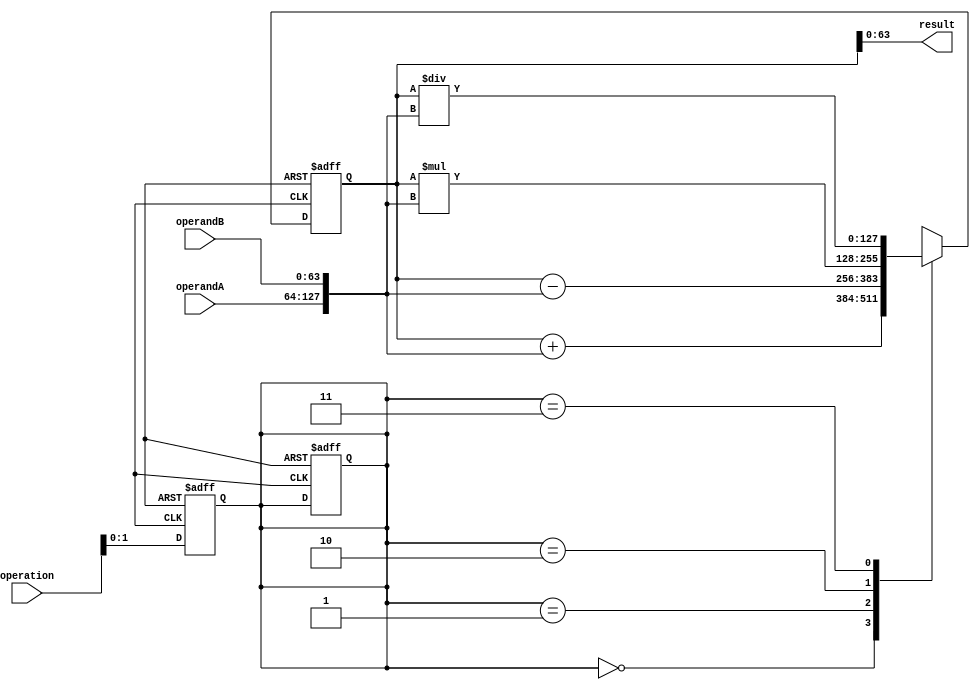
module extended_precision_float_unit (
    input wire [63:0] operandA, // Extended precision floating point operand A
    input wire [63:0] operandB, // Extended precision floating point operand B
    input wire [2:0] operation, // Operation selector: 000 - add, 001 - subtract, 010 - multiply, 011 - divide
    output wire [63:0] result   // Result of the arithmetic operation
);

// Declare internal wires and registers for intermediate results and control signals
reg [127:0] intermediate_result;
reg [1:0] operation_select;

// Adder block
always @ (posedge clk or negedge rst) begin
    if (!rst) begin
        intermediate_result <= 0;
        operation_select <= 0;
    end else begin
        case(operation_select)
            0: intermediate_result <= intermediate_result + {operandA, operandB};
            1: intermediate_result <= intermediate_result - {operandA, operandB};
            2: intermediate_result <= intermediate_result * {operandA, operandB};
            3: intermediate_result <= intermediate_result / {operandA, operandB};
        endcase
    end
end

// Control logic
always @ (posedge clk or negedge rst) begin
    if (!rst) begin
        operation_select <= 0;
    end else begin
        operation_select <= operation;
    end
end

// Output result
assign result = intermediate_result[63:0];

endmodule